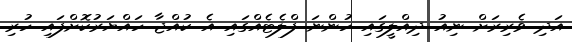
އަދި ވެރިރަށް ނިއު ދިއްލީގައި ހުންނަ ފްލެޓެއްގައި އެ ކުއްޖާ ހައްޔަރުކޮށްފައި ހުރި